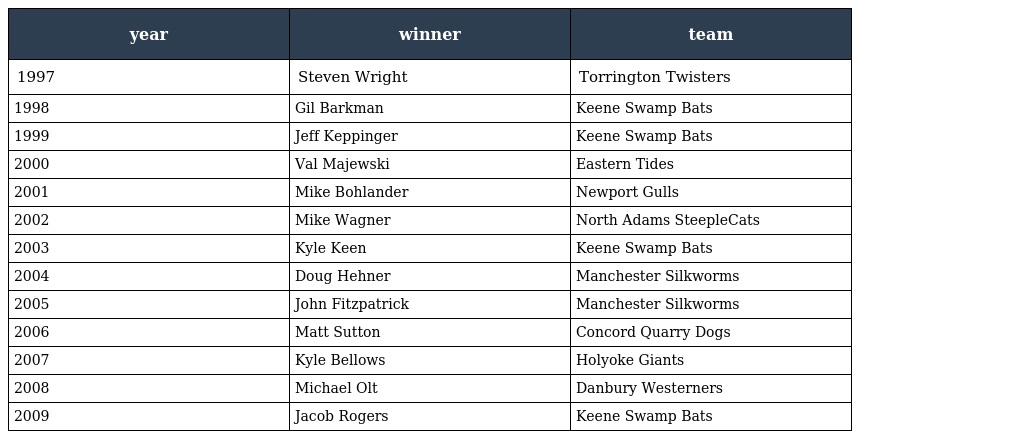
| year | winner | team |
 | --- | --- | --- |
 | 1997 | Steven Wright | Torrington Twisters |
 | 1998 | Gil Barkman | Keene Swamp Bats |
 | 1999 | Jeff Keppinger | Keene Swamp Bats |
 | 2000 | Val Majewski | Eastern Tides |
 | 2001 | Mike Bohlander | Newport Gulls |
 | 2002 | Mike Wagner | North Adams SteepleCats |
 | 2003 | Kyle Keen | Keene Swamp Bats |
 | 2004 | Doug Hehner | Manchester Silkworms |
 | 2005 | John Fitzpatrick | Manchester Silkworms |
 | 2006 | Matt Sutton | Concord Quarry Dogs |
 | 2007 | Kyle Bellows | Holyoke Giants |
 | 2008 | Michael Olt | Danbury Westerners |
 | 2009 | Jacob Rogers | Keene Swamp Bats |